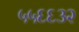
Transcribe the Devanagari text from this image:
५५६६३२